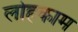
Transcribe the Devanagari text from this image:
लोहकाम